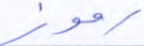
رموز